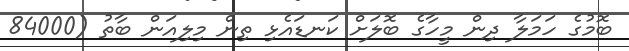
ބޮމުގެ ހަމަލާ ދިން މީހާގެ ބޮލަށް ކަނޑައެޅި ތިން މިލިއަން ބާތު (84000